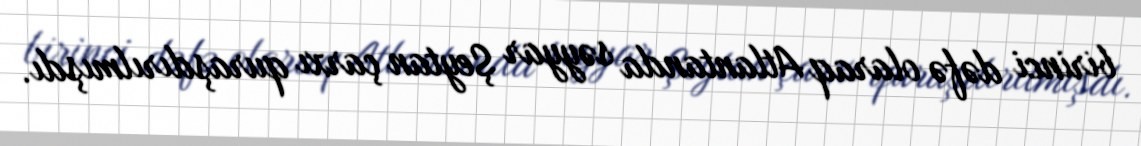
birinci dəfə olaraq Atlantanda səyyar Şeytan çarxı quraşdırılmışdı.